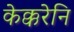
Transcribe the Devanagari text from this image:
केक्करेनि